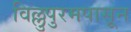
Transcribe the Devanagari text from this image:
विल्लुपुरमपासून